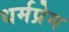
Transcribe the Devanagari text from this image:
धर्मप्रेम